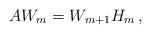
LaTeX: \begin{align*}AW_{m} =W_{m+1}H_{m}\,,\end{align*}